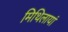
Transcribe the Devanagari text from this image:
मिथिलायां